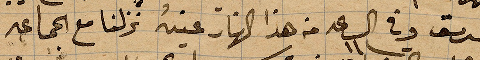
سرسق وفي الساعة ١١ من هذا النهار عينه نزلنا مع الجماعة